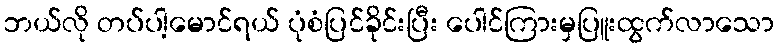
ဘယ်လို တပ်ပါ့မောင်ရယ် ပုံစံပြင်ခိုင်းပြီး ပေါင်ကြားမှပြူးထွက်လာသော